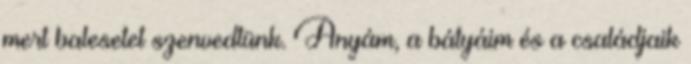
mert balesetet szenvedtünk. Anyám, a bátyáim és a családjaik